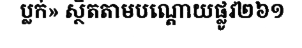
ប្លក់» ស្ថិតតាមបណ្តោយផ្លូវ២៦១